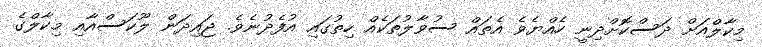
މިކާލްއަށް ދަސްކޮށްދިނީ ހެއްޔެވެ އެތައް ސުވާލުތަކެއް ހިތުގައި އުފެދުނެވެ. ޖައިދަން ލޫކަސްއާއި މިކާލްގެ